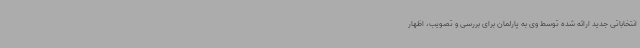
انتخاباتی جدید ارائه شده توسط وی به پارلمان برای بررسی و تصویب، اظهار